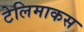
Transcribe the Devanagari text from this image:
टेलिमाकस